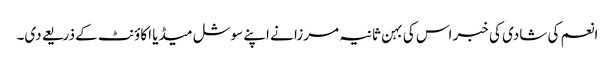
انعم کی شادی کی خبر اس کی بہن ثانیہ مرزا نے اپنے سوشل میڈیا اکاؤنٹ کے ذریعے دی۔